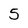
Character: 5